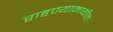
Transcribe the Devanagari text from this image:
राहण्यामागील